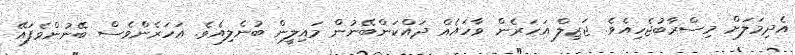
އެދިމަލަށް މިސްރާބުޖެހިއެވެ. ޖަޒިލް އަހަރެން ވާހައެއް ދައްކަންބޭނުން މައިލީން ބުނެލިއެވެ. އަހަރެންވެސް ބޭނުންވެފައޭ